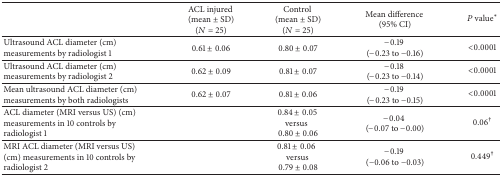
|  | ACL injured (mean ± SD) (N = 25) | Control (mean ± SD) (N = 25) | Mean difference (95% CI) | P value* |
 | --- | --- | --- | --- | --- |
 | Ultrasound ACL diameter (cm) measurements by radiologist 1 | 0.61 ± 0.06 | 0.80 ± 0.07 | −0.19 (−0.23 to −0.16) | <0.0001 |
 | Ultrasound ACL diameter (cm) measurements by radiologist 2 | 0.62 ± 0.09 | 0.81 ± 0.07 | −0.18 (−0.23 to −0.14) | <0.0001 |
 | Mean ultrasound ACL diameter (cm) measurements by both radiologists | 0.62 ± 0.07 | 0.81 ± 0.06 | −0.19 (−0.23 to −0.15) | <0.0001 |
 | ACL diameter (MRI versus US) (cm) measurements in 10 controls by radiologist 1 |  | 0.84 ± 0.05 versus0.80 ± 0.06 | −0.04 (−0.07 to −0.00) | 0.06† |
 | MRI ACL diameter (MRI versus US) (cm) measurements in 10 controls by radiologist 2 |  | 0.81 ± 0.06versus0.79 ± 0.08 | −0.19 (−0.06 to −0.03) | 0.449† |